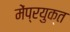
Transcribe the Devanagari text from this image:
मेंप्रयुक्त